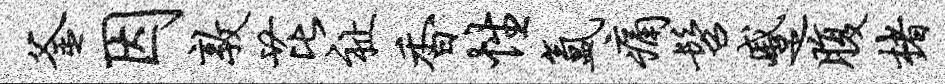
釜因敦芘祉香性氲痛髫蹙腹楮